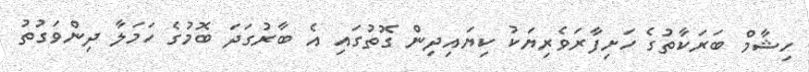
ހިޝާމް ބަރަކާތުގެ ހަށިފާރަވެރިޔަކު ކިޔައިދިން ގޮތުގައި އެ ބާރުގަދަ ބޮމުގެ ހަމަލާ ދިންވަގުތު